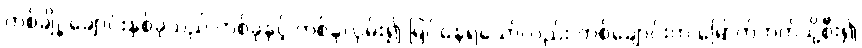
တစ်ချို့ ချောင်းနှစ်ခုသည် တစ်ခုနှင့် တစ်ခုလှမ်း၍ မြင်နေရသော်လည်း တစ်ချောင်းက မြောက်ဘက်သို့စီး၍